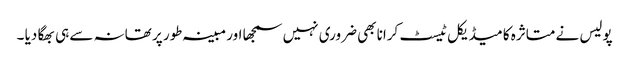
پولیس نے متاثرہ کا میڈیکل ٹیسٹ کرانا بھی ضروری نہیں سمجھا اور مبینہ طور پر تھانہ سے ہی بھگا دیا ۔